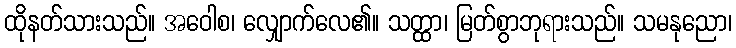
ထိုနတ်သားသည်။ အဝေါစ၊ လျှောက်လေ၏။ သတ္ထာ၊ မြတ်စွာဘုရားသည်။ သမနုညော၊